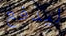
ليدفع